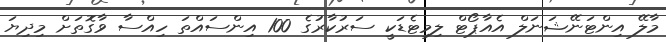
މާލޭ އިންޓަނޭޝަނަލް އެއާޕޯޓް ލިމިޓެޑަކީ ސަރުކާރުގެ 100 އިންސައްތަ ހިއްސާ ވާގޮތަށް މިދިޔަ